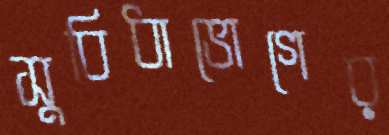
সুবিধাভোগের